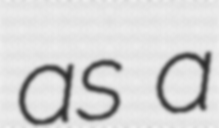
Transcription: as a